Vaccination United Provinces of Agra and Oudh 1902-1913 - 1902-1913
Year: 1902
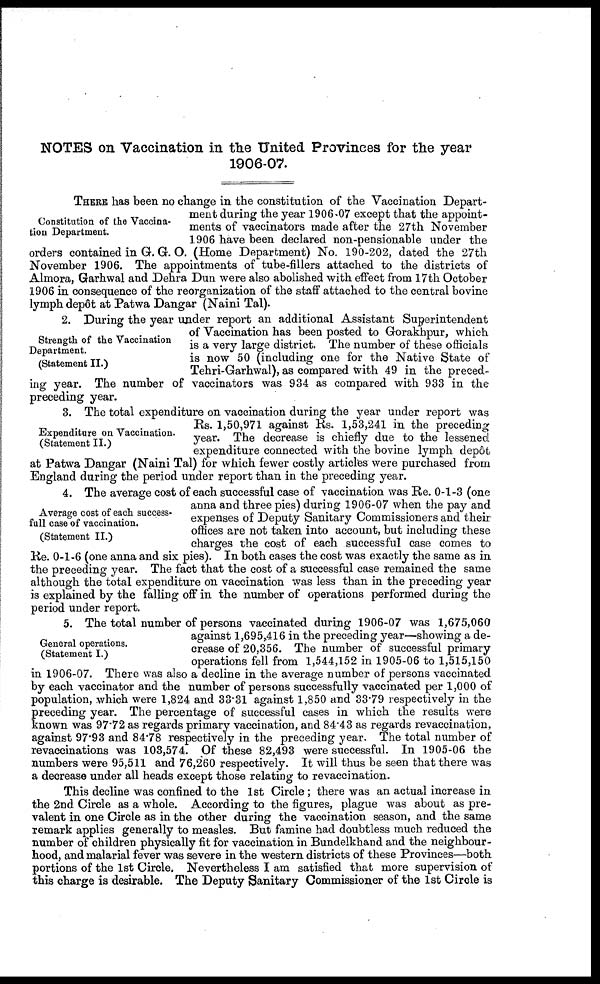
NOTES on Vaccination in the United Provinces for the year
1906-07.
Constitution of the Vaccina-
tion Department.
THERE has been no change in the constitution of the Vaccination Depart-
ment during the year 1906-07 except that the appoint-
ments of vaccinators made after the 27th November
1906 have been declared non-pensionable under the
orders contained in G. G. O. (Home Department) No. 190-202, dated the 27th
November 1906. The appointments of tube-fillers attached to the districts of
Almora, Garhwal and Dehra Dun were also abolished with effect from 17th October
1906 in consequence of the reorganization of the staff attached to the central bovine
lymph depôt at Patwa Dangar (Naini Tal).
Strength of the Vaccination
Department.
(Statement II.)
2. During the year under report an additional Assistant Superintendent
of Vaccination has been posted to Gorakhpur, which
is a very large district. The number of these officials
is now 50 (including one for the Native State of
Tehri-Garhwal), as compared with 49 in the preced-
ing year. The number of vaccinators was 934 as compared with 933 in the
preceding year.
Expenditure on Vaccination.
(Statement II.)
3. The total expenditure on vaccination during the year under report was
Rs. 1,50,971 against Rs. 1,53,241 in the preceding
year. The decrease is chiefly due to the lessened
expenditure connected with the bovine lymph depôt
at Patwa Dangar (Naini Tal) for which fewer costly articles were purchased from
England during the period under report than in the preceding year.
Average cost of each success-
full case of vaccination.
(Statement II.)
4. The average cost of each successful case of vaccination was Re. 0-1-3 (one
anna and three pies) during 1906-07 when the pay and
expenses of Deputy Sanitary Commissioners and their
offices are not taken into account, but including these
charges the cost of each successful case comes to
Re. 0-1-6 (one anna and six pies). In both cases the cost was exactly the same as in
the preceding year. The fact that the cost of a successful case remained the same
although the total expenditure on vaccination was less than in the preceding year
is explained by the falling off in the number of operations performed during the
period under report.
General operations.
(Statement I.)
5. The total number of persons vaccinated during 1906-07 was 1,675,060
against 1,695,416 in the preceding year—showing a de-
crease of 20,356. The number of successful primary
operations fell from 1,544,152 in 1905-06 to 1,515,150
in 1906-07. There was also a decline in the average number of persons vaccinated
by each vaccinator and the number of persons successfully vaccinated per 1,000 of
population, which were 1,824 and 33.31 against 1,850 and 33.79 respectively in the
preceding year. The percentage of successful cases in which the results were
known was 97.72 as regards primary vaccination, and 84.43 as regards revaccination,
against 97.93 and 84.78 respectively in the preceding year. The total number of
revaccinations was 103,574. Of these 82,493 were successful. In 1905-06 the
numbers were 95,511 and 76,260 respectively. It will thus be seen that there was
a decrease under all heads except those relating to revaccination.
This decline was confined to the 1st Circle ; there was an actual increase in
the 2nd Circle as a whole. According to the figures, plague was about as pre-
valent in one Circle as in the other during the vaccination season, and the same
remark applies generally to measles. But famine had doubtless much reduced the
number of children physically fit for vaccination in Bundelkhand and the neighbour-
hood, and malarial fever was severe in the western districts of these Provinces—both
portions of the 1st Circle. Nevertheless I am satisfied that more supervision of
this charge is desirable. The Deputy Sanitary Commissioner of the 1st Circle is